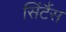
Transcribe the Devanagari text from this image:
सिंटैंस